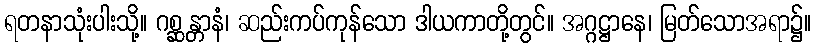
ရတနာသုံးပါးသို့။ ဂစ္ဆန္တာနံ၊ ဆည်းကပ်ကုန်သော ဒါယကာတို့တွင်။ အဂ္ဂဋ္ဌာနေ၊ မြတ်သောအရာ၌။